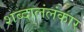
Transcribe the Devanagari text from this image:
शब्दालंलंकार